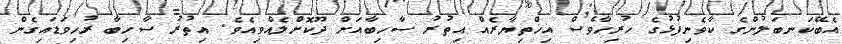
އެބޭކަނބަލުންގެ ކާވެނިފުޅުގެ ހުރިހާވެސް އިޚްތިޔާރެއް އިތުރު ސާހިބާއަށް ދޫކޮށްލެއްވިއެވެ. އިތުރު ސާހިބާ ރުހިވަޑައިގެން